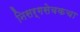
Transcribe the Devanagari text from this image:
निसर्गसेवकचा